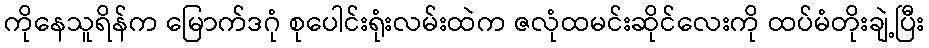
ကိုနေသူရိန်က မြောက်ဒဂုံ စုပေါင်းရုံးလမ်းထဲက ဇလုံထမင်းဆိုင်လေးကို ထပ်မံတိုးချဲ့ပြီး